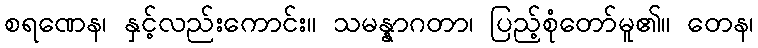
စရဏေန၊ နှင့်လည်းကောင်း။ သမန္နာဂတာ၊ ပြည့်စုံတော်မူ၏။ တေန၊